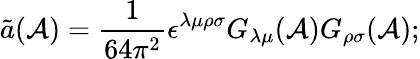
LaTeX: \tilde{a}({\cal A})=\frac{1}{64\pi^{2}}\epsilon^{\lambda\mu\rho\sigma}G_{\lambda\mu}({\cal A})G_{\rho\sigma}({\cal A});